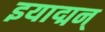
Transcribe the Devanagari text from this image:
इयाद्मन्